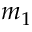
m _ { 1 }